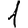
Digit: 1